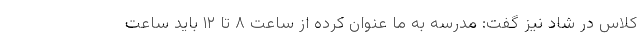
کلاس در شاد نیز گفت: مدرسه به ما عنوان کرده از ساعت ۸ تا ۱۲ باید ساعت